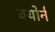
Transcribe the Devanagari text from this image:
क्योर्न